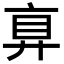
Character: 𢍓